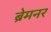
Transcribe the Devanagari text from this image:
ब्रेमनर